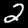
Label: 2